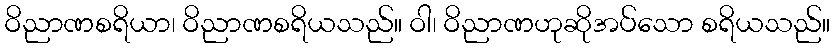
ဝိညာဏစရိယာ၊ ဝိညာဏစရိယသည်။ ဝါ၊ ဝိညာဏဟုဆိုအပ်သော စရိယသည်။